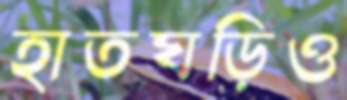
হাতঘড়িও